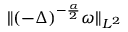
\Vert ( - \Delta ) ^ { - \frac { \alpha } { 2 } } \omega \Vert _ { L ^ { 2 } }